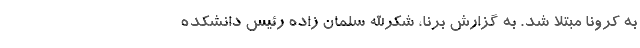
به کرونا مبتلا شد. به گزارش برنا، شکرالله سلمان زاده رئیس دانشکده